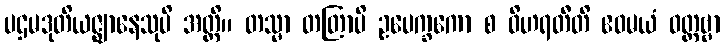
ပဌမဒုတိယဇ္ဈာနေသုပိ အတ္ထိ။ တသ္မာ တတြာပိ ဥပေက္ခကော စ ဝိဟရတီတိ ဧဝမယံ ဝတ္တဗ္ဗာ